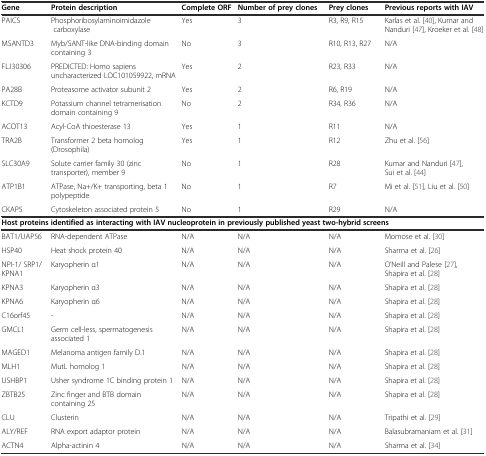
<table><thead><tr><td><b>Gene</b></td><td><b>Protein description</b></td><td><b>Complete ORF</b></td><td><b>Number of prey clones</b></td><td><b>Prey clones</b></td><td><b>Previous reports with IAV</b></td></tr></thead><tbody><tr><td>PAICS</td><td>Phosphoribosylaminoimidazole carboxylase</td><td>Yes</td><td>3</td><td>R3, R9, R15</td><td>Karlas et al. [40], Kumar and Nanduri [47], Kroeker et al. [48]</td></tr><tr><td>MSANTD3</td><td>Myb/SANT-like DNA-binding domain containing 3</td><td>No</td><td>3</td><td>R10, R13, R27</td><td>N/A</td></tr><tr><td>FLJ30306</td><td>PREDICTED: Homo sapiens uncharacterized LOC101059922, mRNA</td><td>Yes</td><td>2</td><td>R23, R33</td><td>N/A</td></tr><tr><td>PA28B</td><td>Proteasome activator subunit 2</td><td>Yes</td><td>2</td><td>R6, R19</td><td>N/A</td></tr><tr><td>KCTD9</td><td>Potassium channel tetramerisation domain containing 9</td><td>No</td><td>2</td><td>R34, R36</td><td>N/A</td></tr><tr><td>ACOT13</td><td>Acyl-CoA thioesterase 13</td><td>Yes</td><td>1</td><td>R11</td><td>N/A</td></tr><tr><td>TRA2B</td><td>Transformer 2 beta homolog (Drosophila)</td><td>Yes</td><td>1</td><td>R12</td><td>Zhu et al. [56]</td></tr><tr><td>SLC30A9</td><td>Solute carrier family 30 (zinc transporter), member 9</td><td>No</td><td>1</td><td>R28</td><td>Kumar and Nanduri [47], Sui et al. [44]</td></tr><tr><td>ATP1B1</td><td>ATPase, Na+/K+ transporting, beta 1 polypeptide</td><td>No</td><td>1</td><td>R7</td><td>Mi et al. [51], Liu et al. [50]</td></tr><tr><td>CKAP5</td><td>Cytoskeleton associated protein 5</td><td>No</td><td>1</td><td>R29</td><td>N/A</td></tr><tr><td colspan="6"><b>Host proteins identified as interacting with IAV nucleoprotein in previously published yeast two-hybrid screens</b></td></tr><tr><td>BAT1/UAP56</td><td>RNA-dependent ATPase</td><td>N/A</td><td>N/A</td><td>N/A</td><td>Momose et al. [30]</td></tr><tr><td>HSP40</td><td>Heat shock protein 40</td><td>N/A</td><td>N/A</td><td>N/A</td><td>Sharma et al. [26]</td></tr><tr><td>NPI-1/ SRP1/KPNA1</td><td>Karyopherin α1</td><td>N/A</td><td>N/A</td><td>N/A</td><td>O’Neill and Palese [27], Shapira et al. [28]</td></tr><tr><td>KPNA3</td><td>Karyopherin α3</td><td>N/A</td><td>N/A</td><td>N/A</td><td>Shapira et al. [28]</td></tr><tr><td>KPNA6</td><td>Karyopherin α6</td><td>N/A</td><td>N/A</td><td>N/A</td><td>Shapira et al. [28]</td></tr><tr><td>C16orf45</td><td>-</td><td>N/A</td><td>N/A</td><td>N/A</td><td>Shapira et al. [28]</td></tr><tr><td>GMCL1</td><td>Germ cell-less, spermatogenesis associated 1</td><td>N/A</td><td>N/A</td><td>N/A</td><td>Shapira et al. [28]</td></tr><tr><td>MAGED1</td><td>Melanoma antigen family D.1</td><td>N/A</td><td>N/A</td><td>N/A</td><td>Shapira et al. [28]</td></tr><tr><td>MLH1</td><td>MutL homolog 1</td><td>N/A</td><td>N/A</td><td>N/A</td><td>Shapira et al. [28]</td></tr><tr><td>USHBP1</td><td>Usher syndrome 1C binding protein 1</td><td>N/A</td><td>N/A</td><td>N/A</td><td>Shapira et al. [28]</td></tr><tr><td>ZBTB25</td><td>Zinc finger and BTB domain containing 25</td><td>N/A</td><td>N/A</td><td>N/A</td><td>Shapira et al. [28]</td></tr><tr><td>CLU</td><td>Clusterin</td><td>N/A</td><td>N/A</td><td>N/A</td><td>Tripathi et al. [29]</td></tr><tr><td>ALY/REF</td><td>RNA export adaptor protein</td><td>N/A</td><td>N/A</td><td>N/A</td><td>Balasubramaniam et al. [31]</td></tr><tr><td>ACTN4</td><td>Alpha-actinin 4</td><td>N/A</td><td>N/A</td><td>N/A</td><td>Sharma et al. [34]</td></tr></tbody></table>